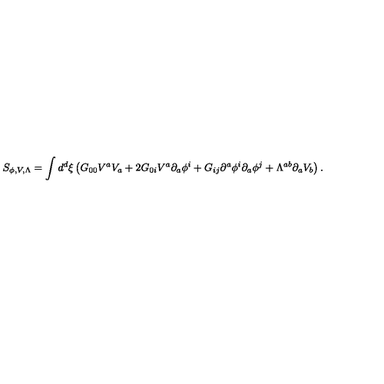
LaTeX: S _ { \phi , V , \Lambda } = \int d ^ { d } \xi \left( G _ { 0 0 } V ^ { a } V _ { a } + 2 G _ { 0 i } V ^ { a } \partial _ { a } \phi ^ { i } + G _ { i j } \partial ^ { a } \phi ^ { i } \partial _ { a } \phi ^ { j } + \Lambda ^ { a b } \partial _ { a } V _ { b } \right) .